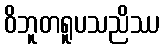
ဝိဘူတရူပသညိဿ